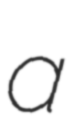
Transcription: a